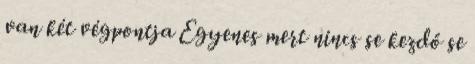
van két végpontja Egyenes mert nincs se kezdő se